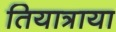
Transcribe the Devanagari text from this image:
तियात्राया